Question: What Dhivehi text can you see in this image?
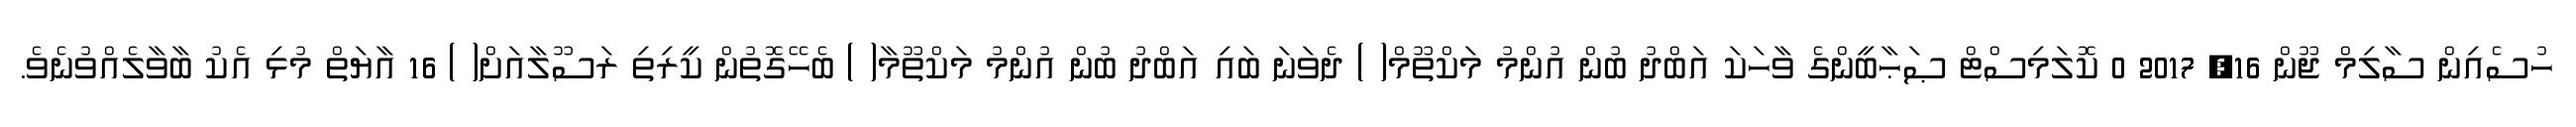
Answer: ހުސެއިން ސާލިމް ޖޫން 16, 2017 0 ކޮލަމިސްޓް ޞަޙާބީންގެ ވާހަކަ އަބްދު ބުން އުންމު މަކްތޫމް( ) ދެވަނަ ބައި އަބްދު ބުން އުންމު މަކްތޫމާ( ) ބެހޭގޮތުން ކީރިތި ރަސޫލާއަށް( ) 16 އާޔަތް މުޅި އެކު ބާވާލެއްވުނެވެ.